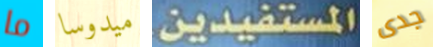
ما ميدوسا المستفيدين جدى